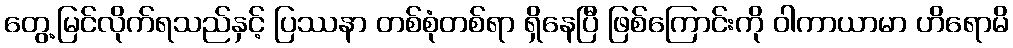
တွေ့မြင်လိုက်ရသည်နှင့် ပြဿနာ တစ်စုံတစ်ရာ ရှိနေပြီ ဖြစ်ကြောင်းကို ဝါကာယာမာ ဟိရောမိ